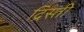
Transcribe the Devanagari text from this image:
द्रिस्ती